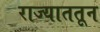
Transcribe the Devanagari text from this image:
राज्याततून